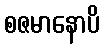
စဇမာနောပိ